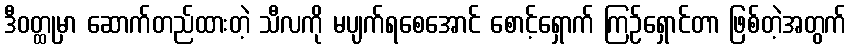
ဒီဝတ္ထုမှာ ဆောက်တည်ထားတဲ့ သီလကို မပျက်ရစေအောင် စောင့်ရှောက် ကြဉ်ရှောင်တာ ဖြစ်တဲ့အတွက်